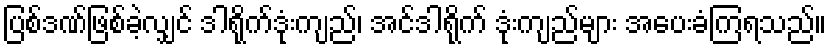
ပြစ်ဒဏ်ဖြစ်ခဲ့လျှင် ဒါရိုက်ဒုံးကျည်၊ အင်ဒါရိုက် ဒုံးကျည်များ အပေးခံကြရသည်။